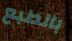
بالطبع